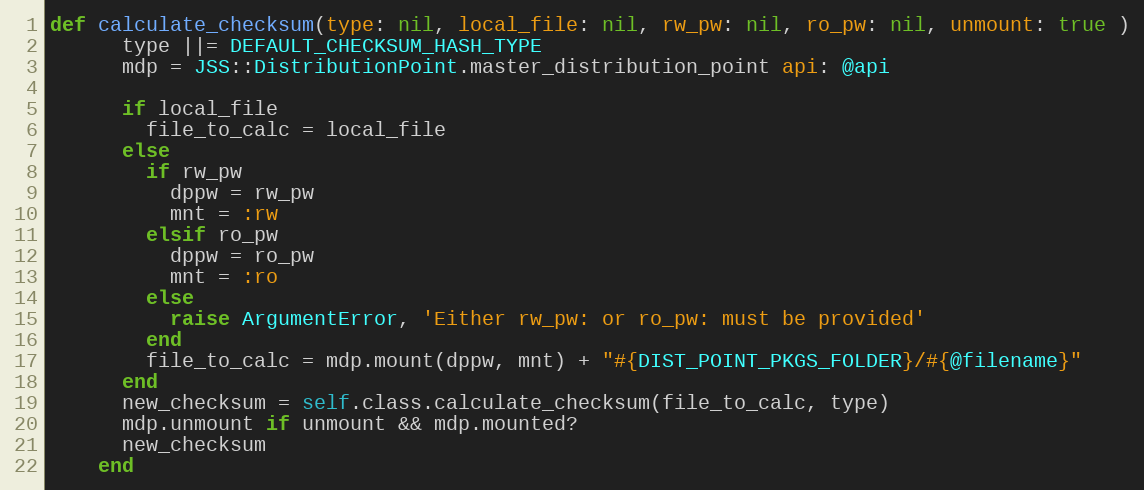
Language: Ruby
def calculate_checksum(type: nil, local_file: nil, rw_pw: nil, ro_pw: nil, unmount: true )
      type ||= DEFAULT_CHECKSUM_HASH_TYPE
      mdp = JSS::DistributionPoint.master_distribution_point api: @api

      if local_file
        file_to_calc = local_file
      else
        if rw_pw
          dppw = rw_pw
          mnt = :rw
        elsif ro_pw
          dppw = ro_pw
          mnt = :ro
        else
          raise ArgumentError, 'Either rw_pw: or ro_pw: must be provided'
        end
        file_to_calc = mdp.mount(dppw, mnt) + "#{DIST_POINT_PKGS_FOLDER}/#{@filename}"
      end
      new_checksum = self.class.calculate_checksum(file_to_calc, type)
      mdp.unmount if unmount && mdp.mounted?
      new_checksum
    end